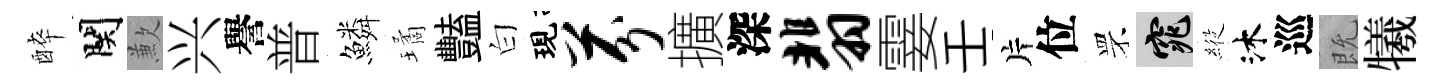
醉関歉兴譽普鱗璚豔白現芬擴深翡霎壬片位罘窕𦂵沐巡既犧